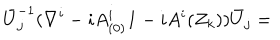
LaTeX: \bar { U } _ { j } ^ { - 1 } ( \nabla ^ { i } - i A _ { ( 0 ) } ^ { i } { \bf 1 } - i A ^ { i } ( Z _ { k } ) ) \bar { U } _ { j } =